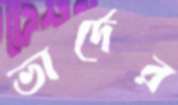
ভার্দের